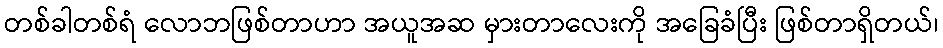
တစ်ခါတစ်ရံ လောဘဖြစ်တာဟာ အယူအဆ မှားတာလေးကို အခြေခံပြီး ဖြစ်တာရှိတယ်၊